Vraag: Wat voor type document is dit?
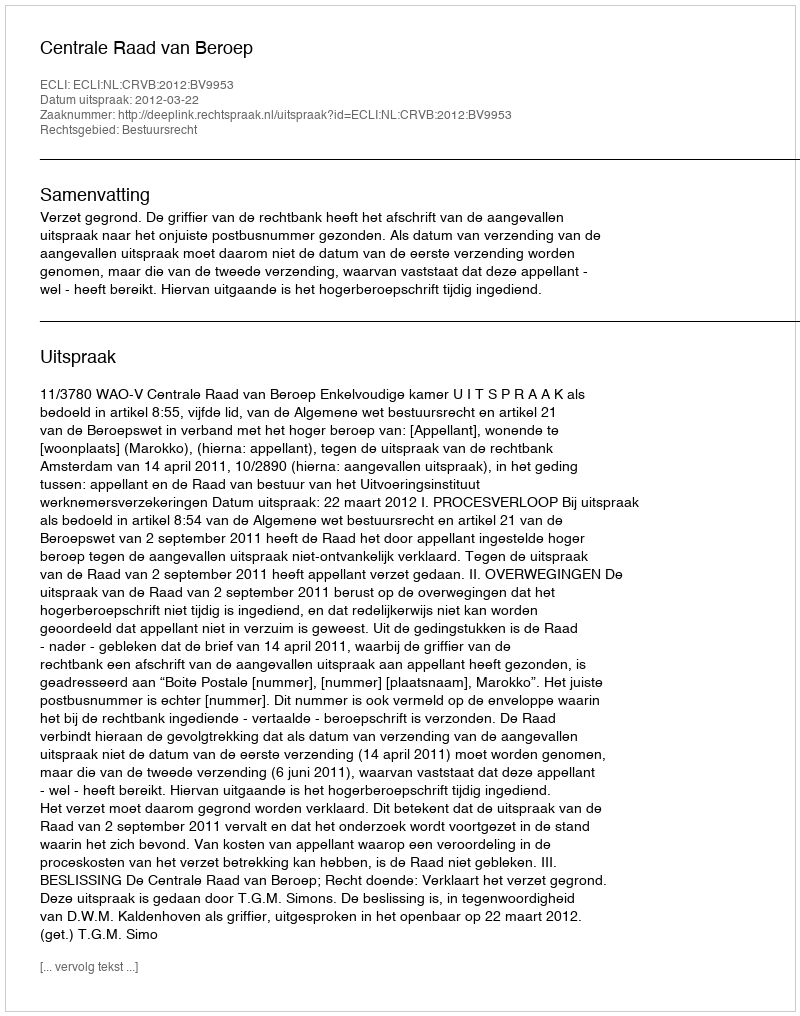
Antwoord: Uitspraak